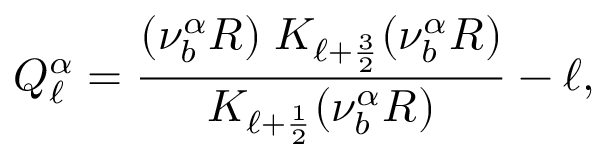
Q _ { \ell } ^ { \alpha } = \frac { ( \nu _ { b } ^ { \alpha } R ) \; K _ { \ell + \frac { 3 } { 2 } } ( \nu _ { b } ^ { \alpha } R ) } { K _ { \ell + \frac { 1 } { 2 } } ( \nu _ { b } ^ { \alpha } R ) } - \ell ,